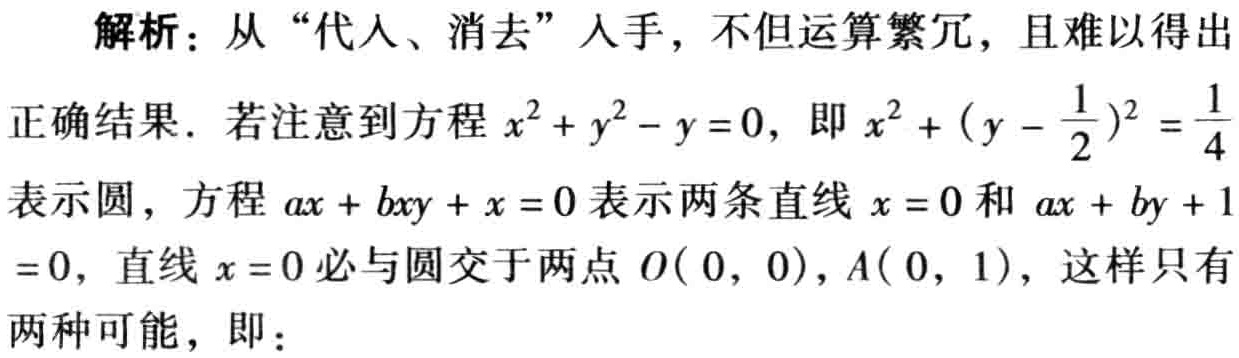
解析：从“代入、消去”入手，不但运算繁冗，且难以得出
正确结果. 若注意到方程 \(x^{2}+y^{2}-y = 0\)，即 \(x^{2}+(y - \frac{1}{2})^{2}=\frac{1}{4}\)
表示圆，方程 \(ax + bxy + x = 0\) 表示两条直线 \(x = 0\) 和 \(ax + by + 1\)
\(= 0\)，直线 \(x = 0\) 必与圆交于两点 \(O(0,0)\)，\(A(0,1)\)，这样只有
两种可能，即：